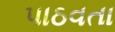
પાઠવતા